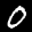
Label: 0